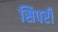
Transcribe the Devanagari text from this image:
सिपरी